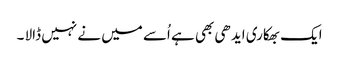
ایک بھکاری ایدھی بھی ہے اُسے میں نے نہیں ڈالا ۔